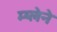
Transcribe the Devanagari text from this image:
म्य्लेने